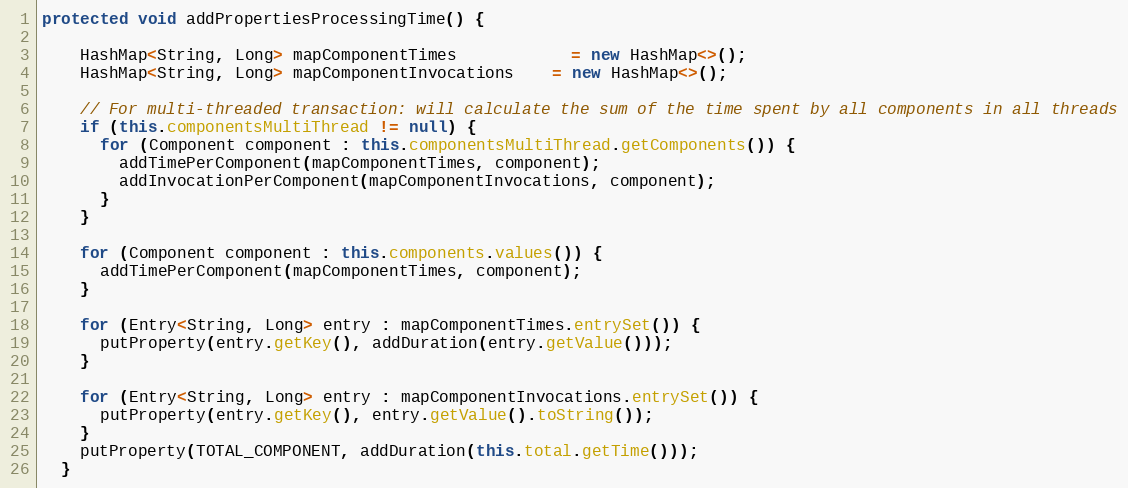
Language: Java
protected void addPropertiesProcessingTime() {

    HashMap<String, Long> mapComponentTimes			= new HashMap<>();
    HashMap<String, Long> mapComponentInvocations	= new HashMap<>();

    // For multi-threaded transaction: will calculate the sum of the time spent by all components in all threads
    if (this.componentsMultiThread != null) {
      for (Component component : this.componentsMultiThread.getComponents()) {
        addTimePerComponent(mapComponentTimes, component);
        addInvocationPerComponent(mapComponentInvocations, component);
      }
    }

    for (Component component : this.components.values()) {
      addTimePerComponent(mapComponentTimes, component);
    }

    for (Entry<String, Long> entry : mapComponentTimes.entrySet()) {
      putProperty(entry.getKey(), addDuration(entry.getValue()));
    }

    for (Entry<String, Long> entry : mapComponentInvocations.entrySet()) {
      putProperty(entry.getKey(), entry.getValue().toString());
    }
    putProperty(TOTAL_COMPONENT, addDuration(this.total.getTime()));
  }